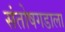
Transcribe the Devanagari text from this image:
संतोषगडाला